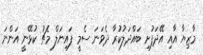
މާޒިޔާ އާއި އޭދަފުށި ބައްދަލުކުރާ ދެވަނަ ސެމީ ފައިނަލް މެޗު ކުޅޭނީ އަންނަ